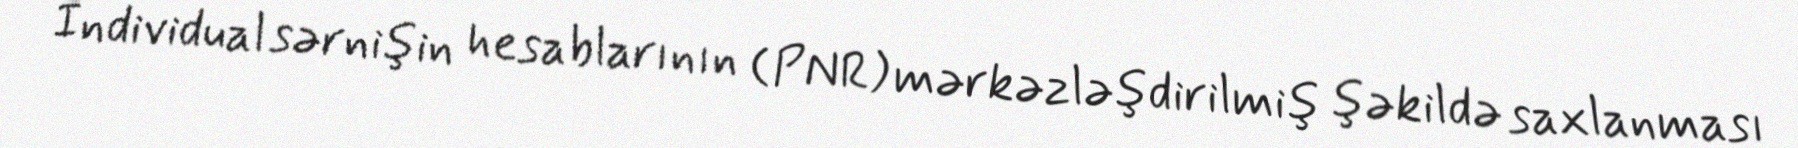
İndividual sərnişin hesablarının (PNR) mərkəzləşdirilmiş şəkildə saxlanması